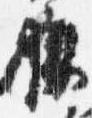
狭